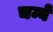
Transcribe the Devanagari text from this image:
चम्बे